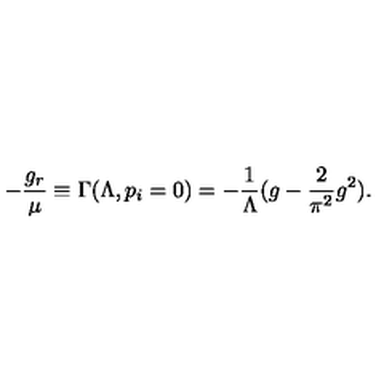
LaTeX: - \frac { g _ { r } } { \mu } \equiv \Gamma ( \Lambda , p _ { i } = 0 ) = - \frac { 1 } { \Lambda } ( g - \frac { 2 } { \pi ^ { 2 } } g ^ { 2 } ) .